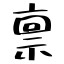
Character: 禀